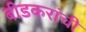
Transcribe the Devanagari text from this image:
बीडकरांची